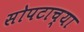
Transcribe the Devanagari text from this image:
सोपटाच्या